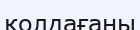
қолдағаны